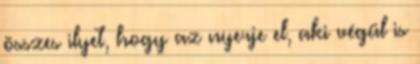
összes ilyet, hogy az nyerje el, aki végül is